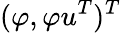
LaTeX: (\varphi,\varphi u^{T})^{T}